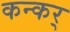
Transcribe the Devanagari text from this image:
कन्कर्